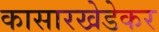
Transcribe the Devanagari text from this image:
कासारखेडेकर